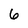
Character: 6